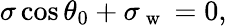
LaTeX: \sigma\cos\theta_{0}+\sigma_{\mathrm{~w~}}=0,